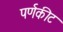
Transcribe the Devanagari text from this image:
पर्णकीट